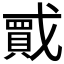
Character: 𫼇